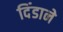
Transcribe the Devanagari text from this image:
दिंडाने